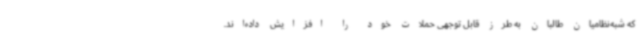
که شبه‌نظامیان طالبان به طرز قابل توجهی حملات خود را افزایش داده‌اند.